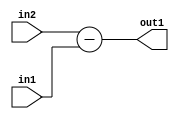
`timescale 1ps / 1ps
/*****************************************************************************
    Verilog RTL Description
    
    
    Created by: Stratus DpOpt 2019.1.01 
*******************************************************************************/

module st_feature_addr_gen_Sub_17Ux1U_18S_4_2 (
	in2,
	in1,
	out1
	); /* architecture "behavioural" */ 
input [16:0] in2;
input  in1;
output [17:0] out1;
wire [17:0] asc001;

assign asc001 = 
	+(in2)
	-(in1);

assign out1 = asc001;
endmodule

/* CADENCE  ubH5TQ8= : u9/ySgnWtBlWxVPRXgAZ4Og= ** DO NOT EDIT THIS LINE ******/